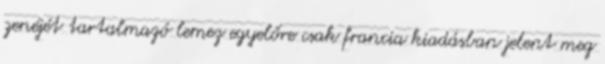
zenéjét tartalmazó lemez egyelőre csak francia kiadásban jelent meg